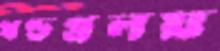
খণ্ডপ্রলয়